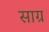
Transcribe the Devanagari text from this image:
साग्र